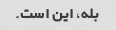
بله، این است.